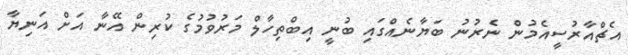
އެޗްއާރުސީއެމުން ނެރުނު ބަޔާނެއްގައި ބުނީ އިބްތިހާލް މަރުވުމުގެ ކުރިން އޭނާ އަށް އަނިޔާ